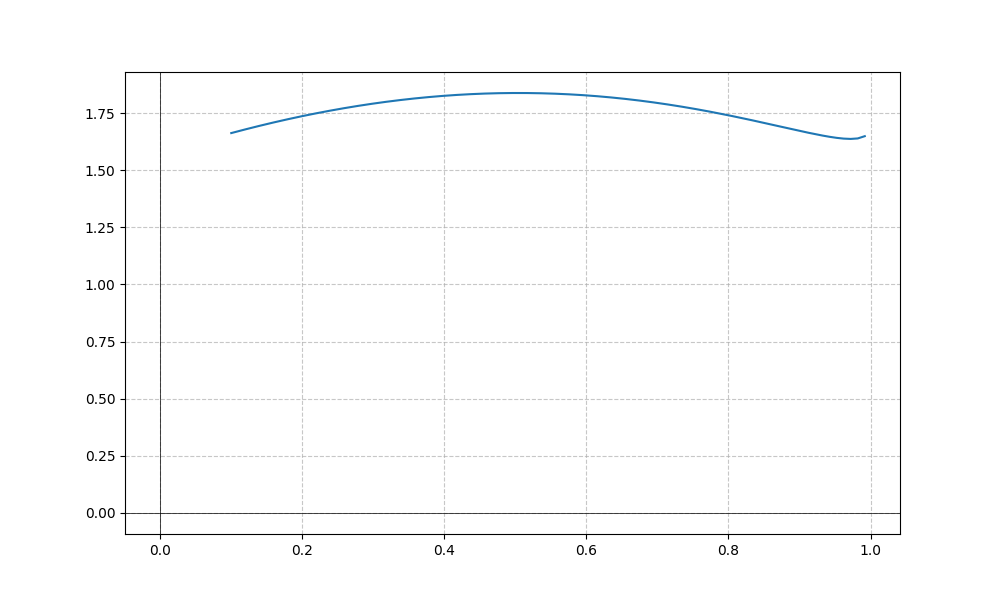
LaTeX formula: \cos{\left(x \right)} \operatorname{acos}{\left(- x \right)}